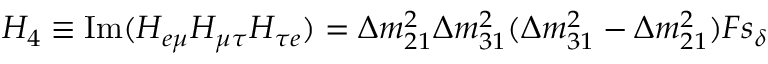
{ \cal H } _ { 4 } \equiv \mathrm { I m } ( { \cal H } _ { e \mu } { \cal H } _ { \mu \tau } { \cal H } _ { \tau e } ) = \Delta m _ { 2 1 } ^ { 2 } \Delta m _ { 3 1 } ^ { 2 } ( \Delta m _ { 3 1 } ^ { 2 } - \Delta m _ { 2 1 } ^ { 2 } ) F s _ { \delta }